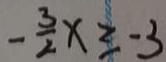
- \frac { 3 } { 2 } x \geq - 3